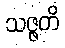
သဇ္ဇတိ